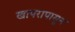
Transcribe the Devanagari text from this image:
खापरापासून